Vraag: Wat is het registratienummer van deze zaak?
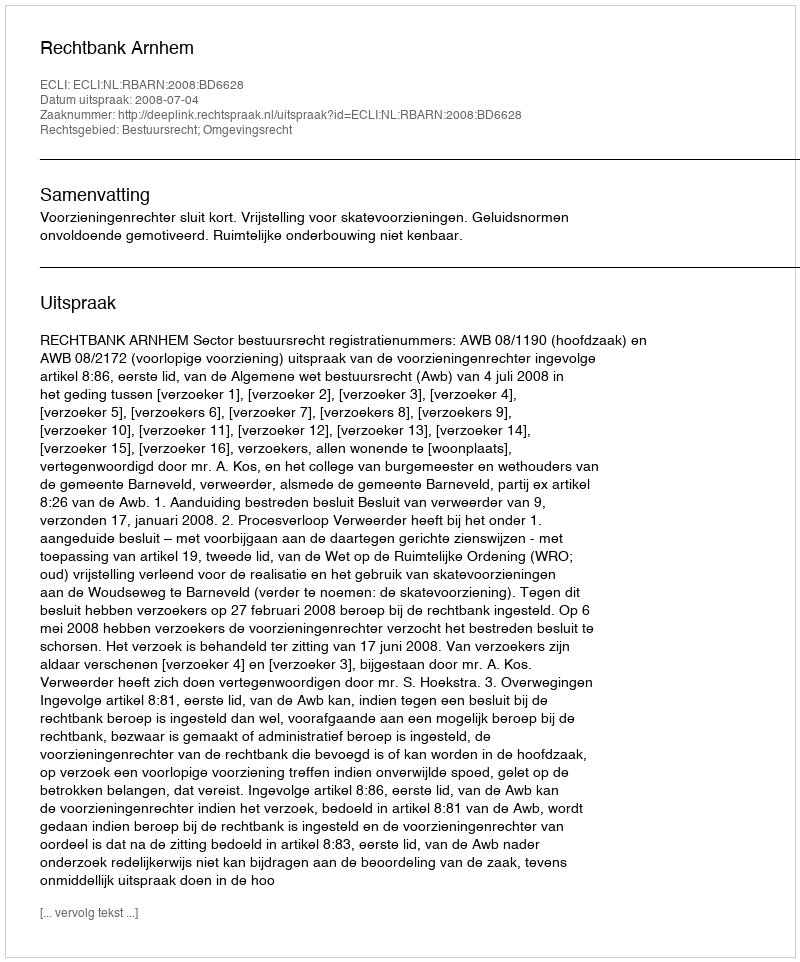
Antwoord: http://deeplink.rechtspraak.nl/uitspraak?id=ECLI:NL:RBARN:2008:BD6628